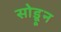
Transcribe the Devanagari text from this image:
सोडूून